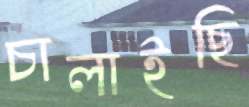
চালাইছি